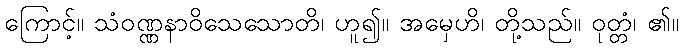
ကြောင့်။ သံဝဏ္ဏနာဝိသေသောတိ၊ ဟူ၍။ အမှေဟိ၊ တို့သည်။ ဝုတ္တံ၊ ၏။